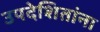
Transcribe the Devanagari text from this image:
उपदेशितांना